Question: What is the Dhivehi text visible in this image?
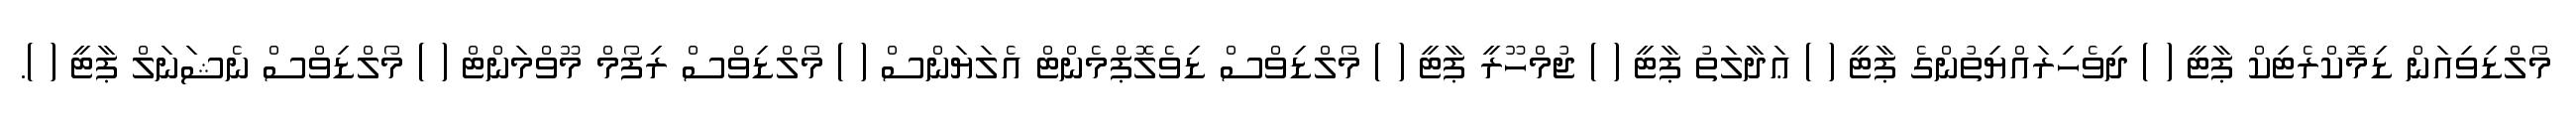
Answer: މޯލްޑިވިއަން ޑިމޮކްރެޓިކް ޕާޓީ ( ) ދިވެހިރައްޔިތުންގެ ޕާޓީ ( ) ޢަދާލަތު ޕާޓީ ( ) ޖުމްހޫރީ ޕާޓީ ( ) މޯލްޑިވްސް ޑިވެލޮޕްމެންޓް އެލަޔަންސް ( ) މޯލްޑިވްސް ރިފޯމް މޫވްމަންޓް ( ) މޯލްޑިވްސް ނެޝަނަލް ޕާޓީ ( ).